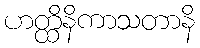
ဟတ္ထိနိကာသတာနိ